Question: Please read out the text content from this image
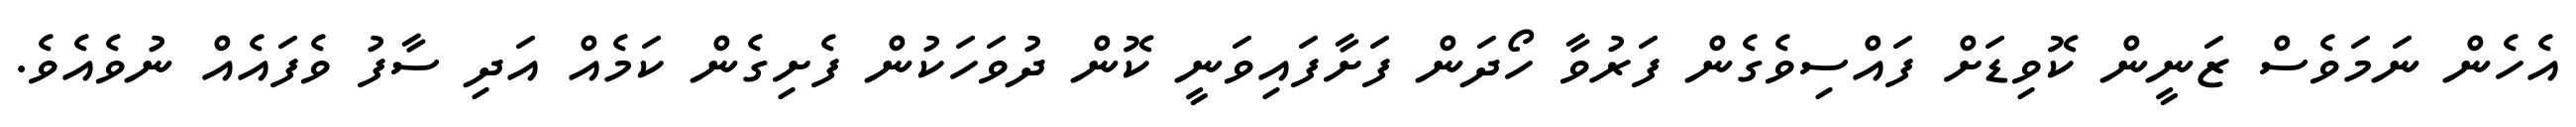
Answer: އެހެން ނަމަވެސް ޒަނީން ކޮވިޑަށް ފައްސިވެގެން ފަރުވާ ހޯދަން ފަށާފައިވަނީ ކޮން ދުވަހަކުން ފެށިގެން ކަމެއް އަދި ސާފު ވެފައެއް ނުވެއެވެ.